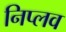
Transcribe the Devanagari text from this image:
निप्लव